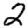
Digit: 2